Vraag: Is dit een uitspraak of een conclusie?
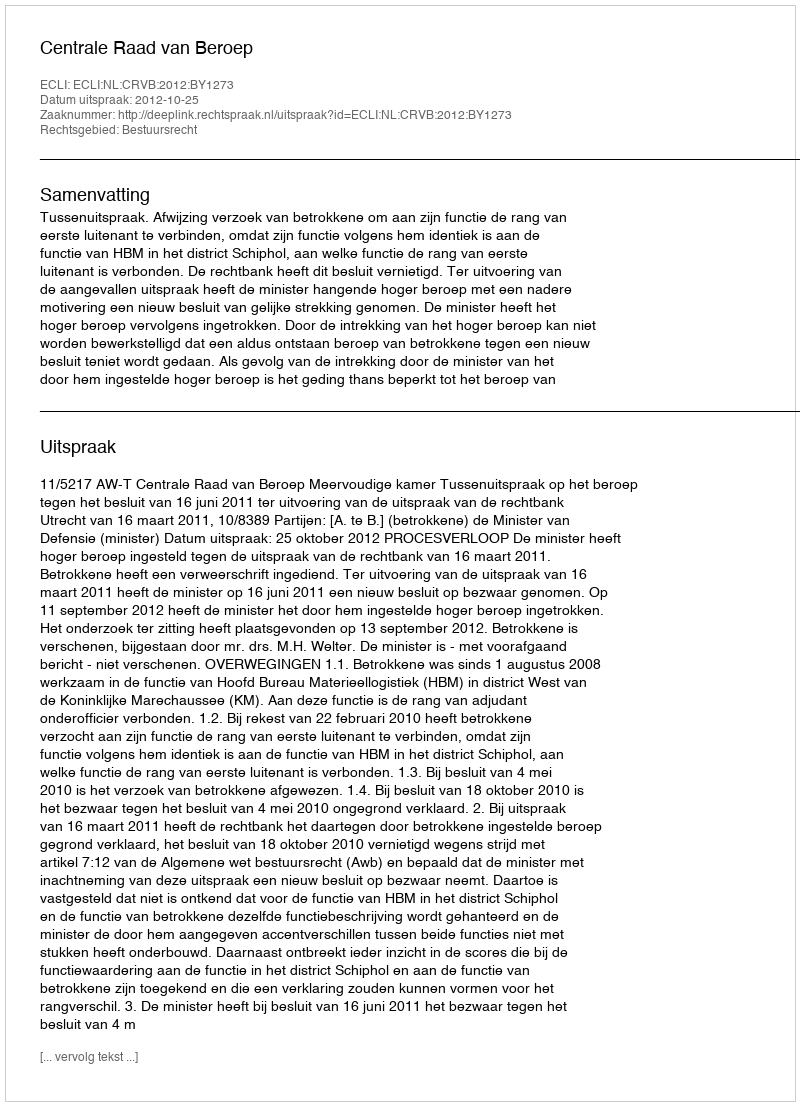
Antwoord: Uitspraak